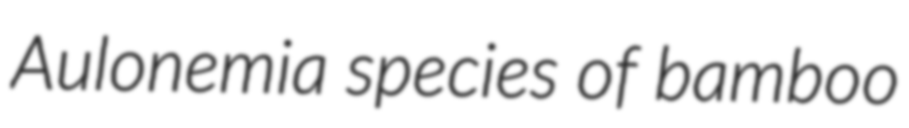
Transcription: Aulonemia species of bamboo